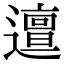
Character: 邅